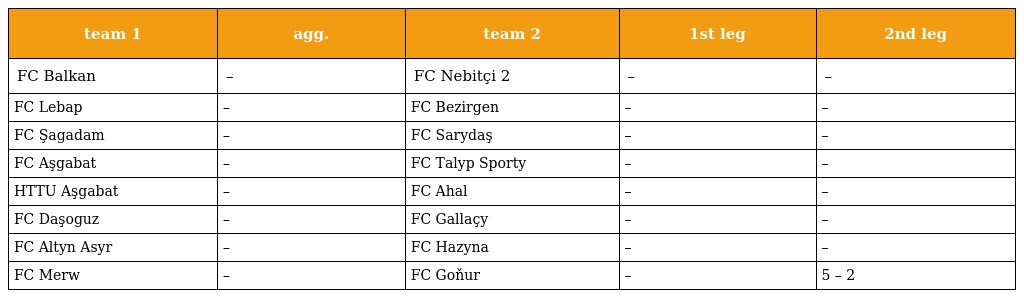
| team 1 | agg. | team 2 | 1st leg | 2nd leg |
 | --- | --- | --- | --- | --- |
 | FC Balkan | – | FC Nebitçi 2 | – | – |
 | FC Lebap | – | FC Bezirgen | – | – |
 | FC Şagadam | – | FC Sarydaş | – | – |
 | FC Aşgabat | – | FC Talyp Sporty | – | – |
 | HTTU Aşgabat | – | FC Ahal | – | – |
 | FC Daşoguz | – | FC Gallaçy | – | – |
 | FC Altyn Asyr | – | FC Hazyna | – | – |
 | FC Merw | – | FC Goňur | – | 5 – 2 |